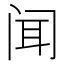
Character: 闻